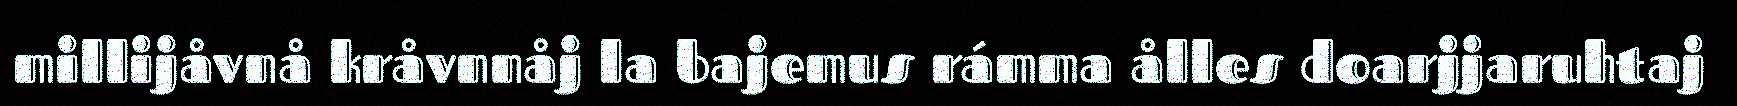
millijåvnå kråvnnåj la bajemus rámma ålles doarjjaruhtaj